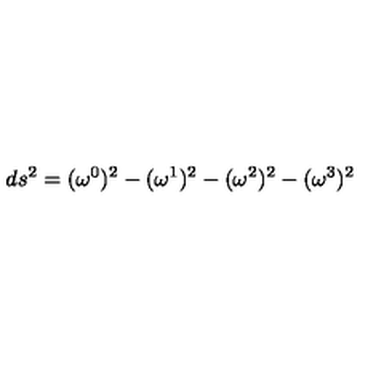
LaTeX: d s ^ { 2 } = ( { \omega } ^ { 0 } ) ^ { 2 } - ( { \omega } ^ { 1 } ) ^ { 2 } - ( { \omega } ^ { 2 } ) ^ { 2 } - ( { \omega } ^ { 3 } ) ^ { 2 }